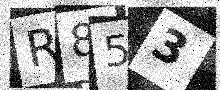
Text: R853